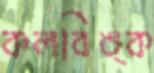
কলবিঙ্ক